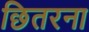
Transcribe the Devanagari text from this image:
छितरना